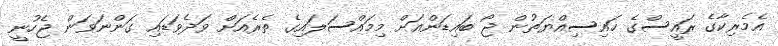
އެމެރިކާގެ ރައީސްގެ ހައިސިއްޔަތުން ޖޯ ބައިޑަންއަށް މިމައްސަލައިގެ ތެރެއަށް ވަދެވަޑައި ގަންނަވަން ޖެހުނީ